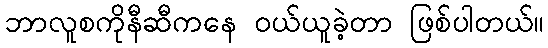
ဘာလူစကိုနီဆီကနေ ဝယ်ယူခဲ့တာ ဖြစ်ပါတယ်။